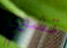
تشوي